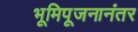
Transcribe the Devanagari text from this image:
भूमिपूजनानंतर